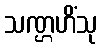
သဏ္ဌဟိံသု